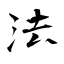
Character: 法